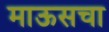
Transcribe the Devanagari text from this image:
माऊसचा